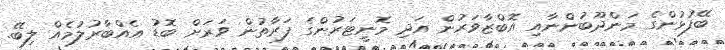
ބޭފުޅުންގެ މަންދޫބުންނާއި އޮބްޒާވަރުން އަދި މޮނީޓަރުންގެ ފަރާތުން ވަރަށް ބޮޑު އެެއްބާރުލުމެއް ލިބޭ.